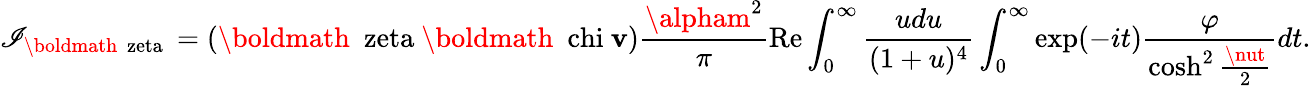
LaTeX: \mathscr{I}_{\mathrm{{\boldmath~\ zeta~}}}=(\mathrm{{\boldmath~\ zeta~}}\mathrm{{\boldmath~\ chi~}}{\mathbf{v}})\frac{{\alpham^{2}}}{{\pi}}\mathrm{{Re}}\int_{0}^{\infty}\frac{{udu}}{{(1+u)^{4}}}\int_{0}^{\infty}\exp(-it)\frac{{\varphi}}{{\cosh^{2}\frac{{\nut}}{{2}}}}dt.